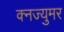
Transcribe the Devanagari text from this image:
क्नज्युमर